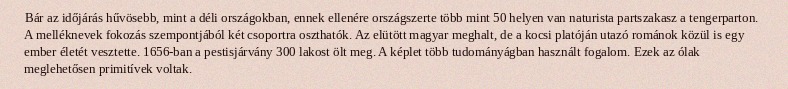
Bár az időjárás hűvösebb, mint a déli országokban, ennek ellenére országszerte több mint 50 helyen van naturista partszakasz a tengerparton. A melléknevek fokozás szempontjából két csoportra oszthatók. Az elütött magyar meghalt, de a kocsi platóján utazó románok közül is egy ember életét vesztette. 1656-ban a pestisjárvány 300 lakost ölt meg. A képlet több tudományágban használt fogalom. Ezek az ólak meglehetősen primitívek voltak.